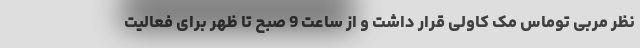
نظر مربی توماس مک کاولی قرار داشت و از ساعت 9 صبح تا ظهر برای فعالیت